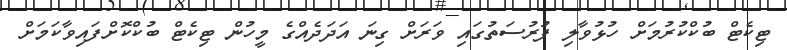
ޓިކެޓް ބުކްކުރުމަށް ހުޅުވާލި ފުރުސަތުގައި ވަރަށް ގިނަ އަދަދެއްގެ މީހުން ޓިކެޓް ބުކްކޮށްފައިވާކަމަށް